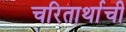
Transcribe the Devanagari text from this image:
चरितार्थाची